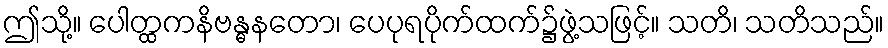
ဤသို့။ ပေါတ္ထကနိဗန္ဓနတော၊ ပေပုရပိုက်ထက်၌ဖွဲ့သဖြင့်။ သတိ၊ သတိသည်။